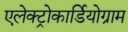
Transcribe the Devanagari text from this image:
एलेक्ट्रोकार्डियोग्राम